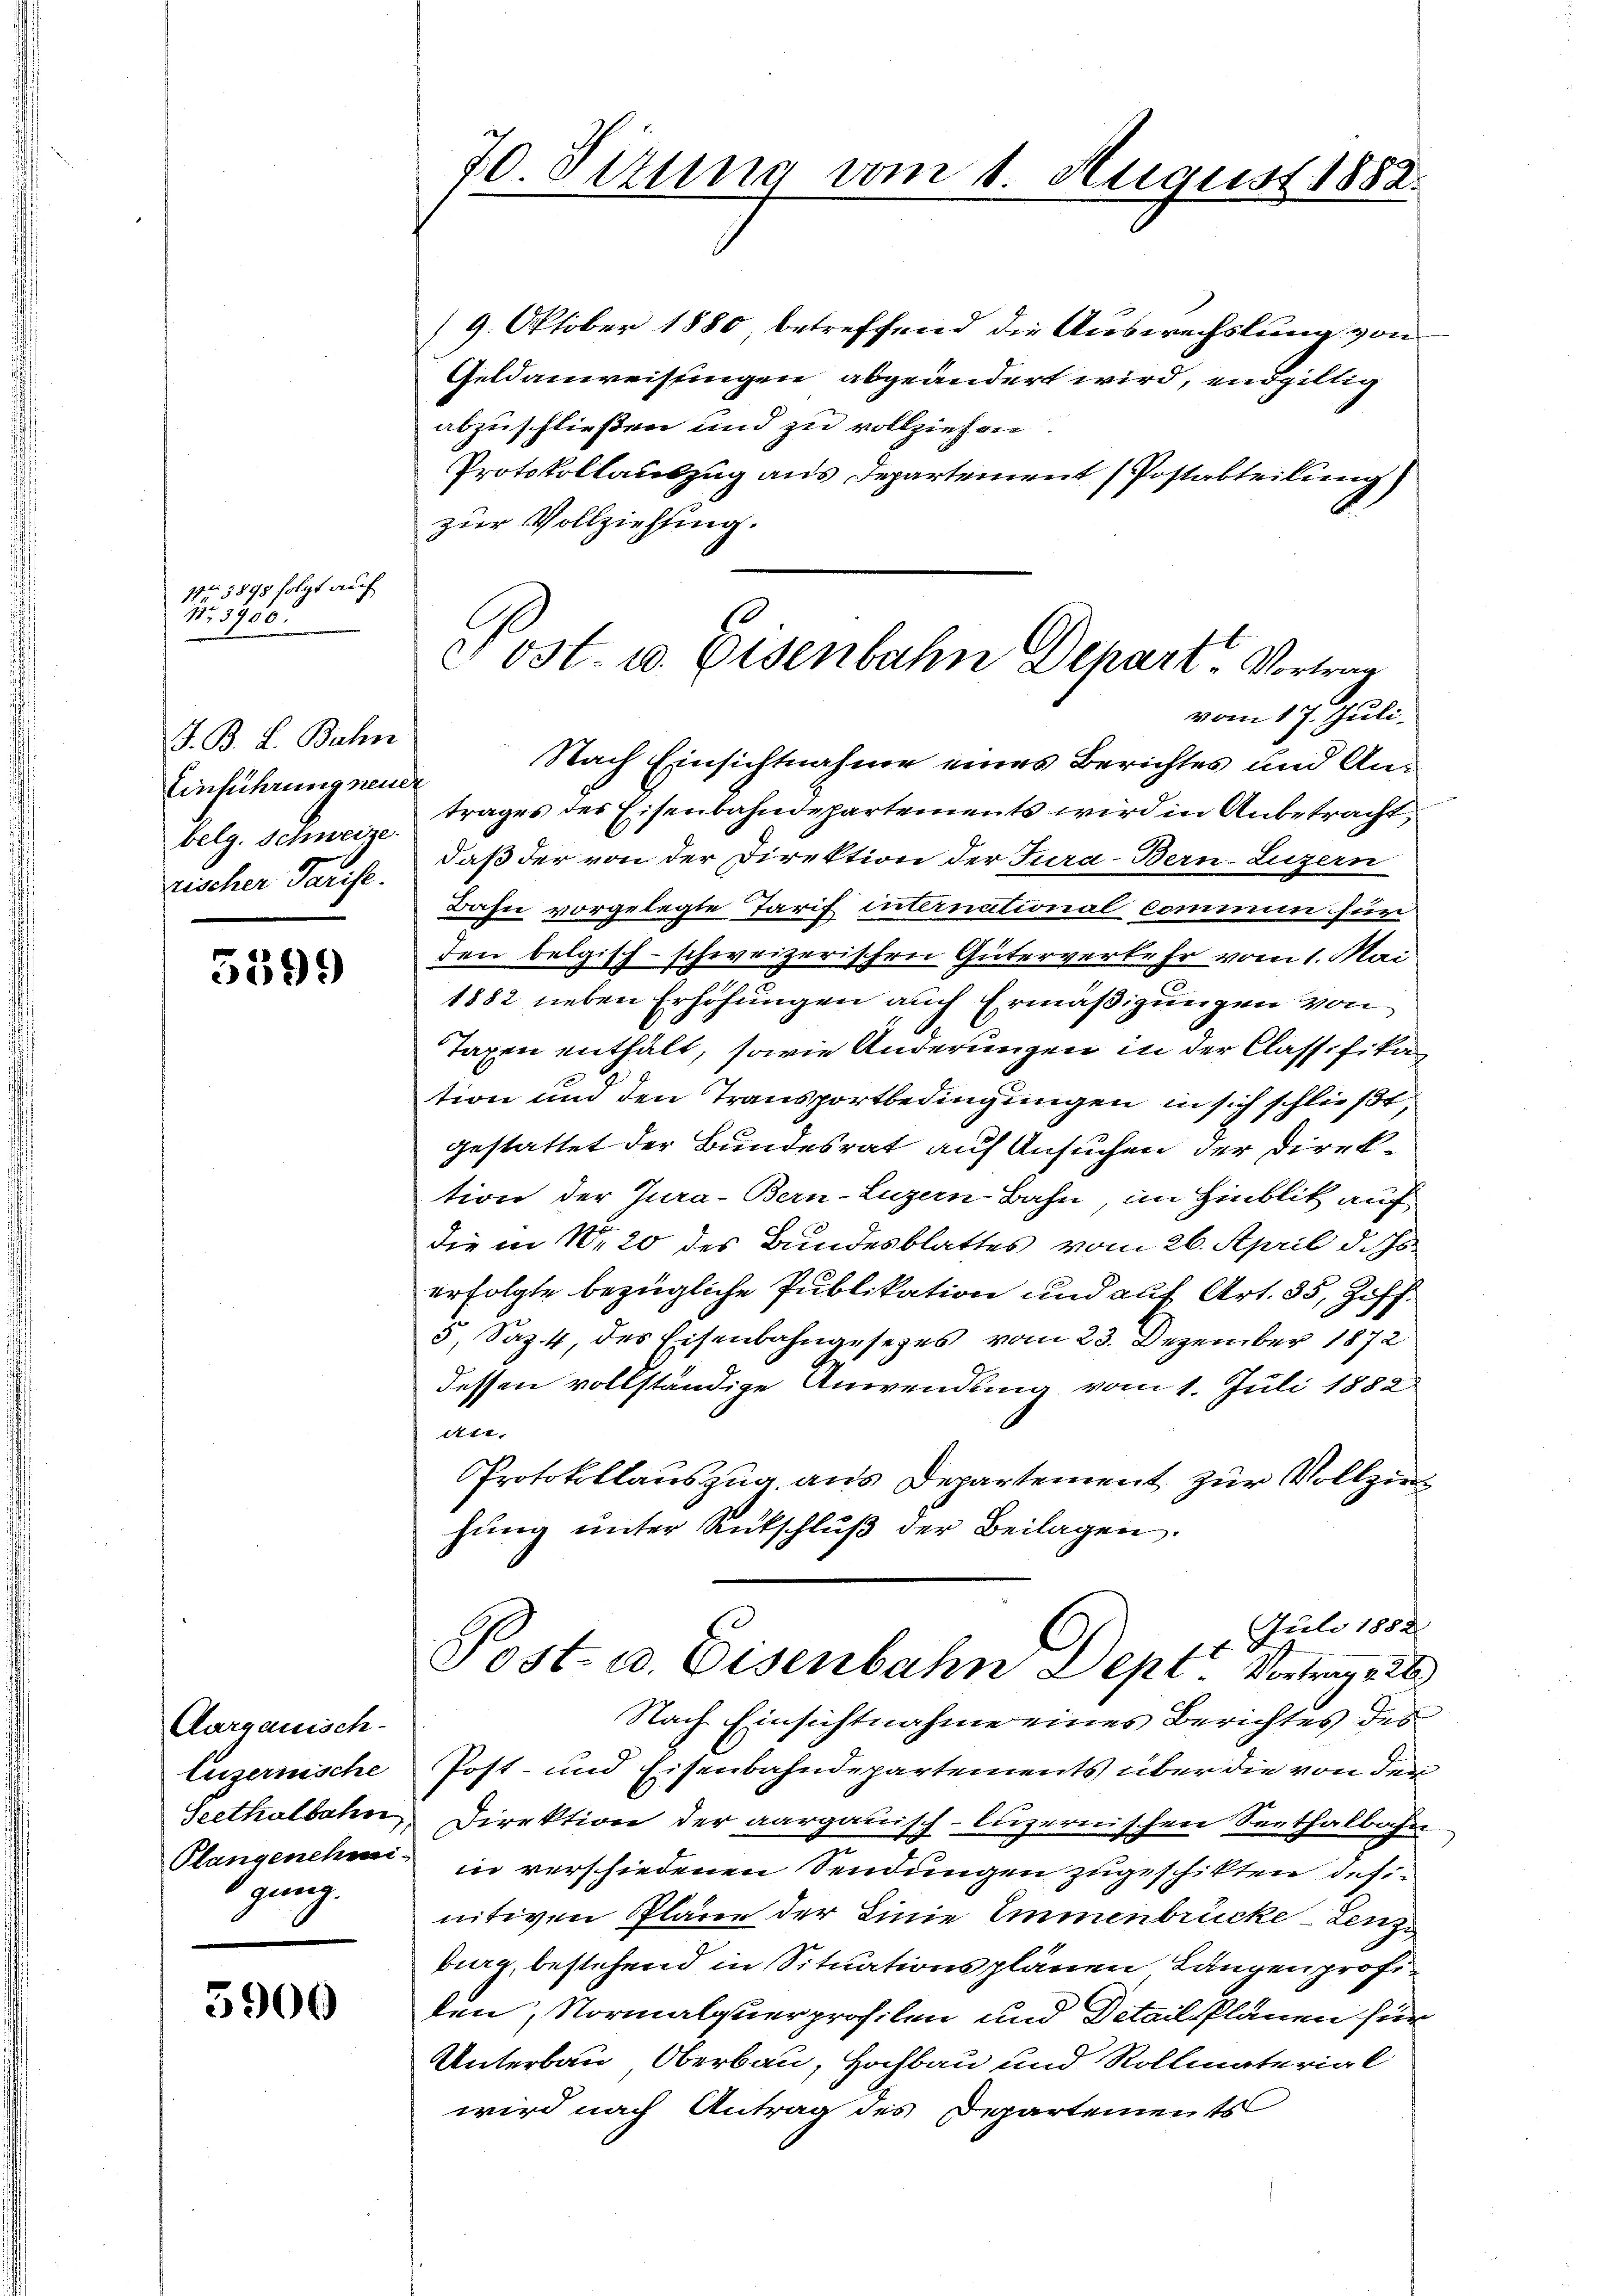
1r 3898 folgt auf
Nr. 3900.

J. B. L. Bahn
Einführung neuer
belg. Schweize
rischer Tarife.

5399

Aargauisch-
Euzernische
Seethalbahn
gung.

5900

70. Situng vom 1. August 1882.

Fost. 10. Eisenbahn Depart. Vortrag

19. Oktober 1880, betreffend die Auswechslung von
Geldanweisungen abgeändert wird, endgillig
abzuschließen und zu vollziehen.
Protokollauszug aus Departement (Postabteilung)
zur Vollziehung.
vom 17. Juli.
Nach Einsichtnahme eines Berichtes und Antrages der Eisenbahndepartements wird in Anbetracht,
daß der von der Direktion der Jura-Bern-Luzern
Bahn vorgelegte Tarif international Commin für
den belgisch-schweizerischen Güterverkehr vom 1. Mai
1882 lieben Erhöhungen auch Ermäßigungen von
Taxen enthält, sowie Änderungen in der Classifika
tion und den Transportbedingungen in sich schließt,
gestattet der Bundesrat auf Ansuchen der Direktion der Jura - Bern-Luzern-Bahn, im Hinblik auf
die in Nr. 20 des Bundesblattes vom 26. April d. Js.
erfolgte bezügliche Publikation und auf Art. 35, Hoff¬
3, Saz. 4, des Eisenbahngesezes vom 23. Dezember 1872
dessen vollständige Anwendung vom 1. Juli 1882
Art.
Protokollauszug aus Departement zur Vollziehung unter Entschlŭβ der Beilagen.
Juli 1882
Post- u. Eisenbahn Dept. Vortrag 26
Nach Einsichtnahme eines Berichtes des
Post- und Eisenbahndepartements über die von der
Direktion der aargauisch-luzernischen Seethalbahn-
Plangenehm in verschiedenen Sendungen zugeschikten defin
nitiven Plane der Linie Immenbrücke - Lenz
burg, bestehend in Situationsplänen Langen profiten, Normalquerprofilen und Detailplänen für
Unterbau, Oberbau, Hochbau und Rollmaterial
wird nach Antrag des Departements